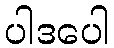
ပါဒပေါ